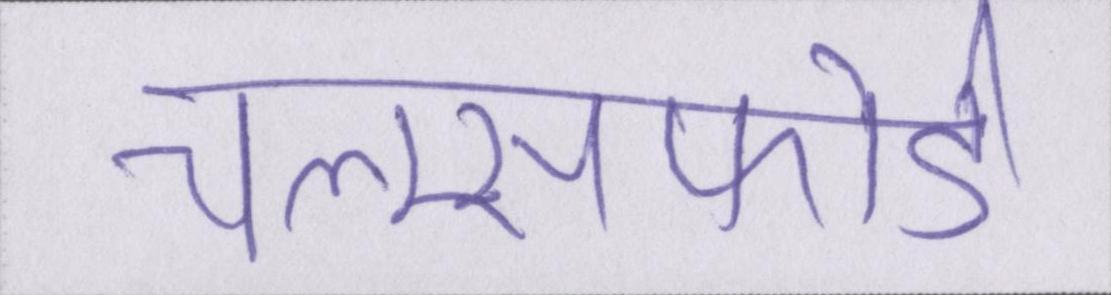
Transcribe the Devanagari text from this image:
चेल्म्सफोर्ड